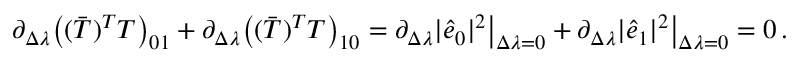
\begin{array} { r l } & { \partial _ { \Delta \lambda } \big ( ( \bar { T } ) ^ { T } T \big ) _ { 0 1 } + \partial _ { \Delta \lambda } \big ( ( \bar { T } ) ^ { T } T \big ) _ { 1 0 } = \partial _ { \Delta \lambda } \vert \hat { e } _ { 0 } \vert ^ { 2 } \big \rvert _ { \Delta \lambda = 0 } + \partial _ { \Delta \lambda } \vert \hat { e } _ { 1 } \vert ^ { 2 } \big \rvert _ { \Delta \lambda = 0 } = 0 \, . } \end{array}